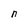
Character: n